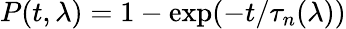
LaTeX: P(t,\lambda)=1-\exp(-t/\tau_{n}(\lambda))